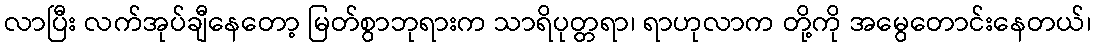
လာပြီး လက်အုပ်ချီနေတော့ မြတ်စွာဘုရားက သာရိပုတ္တရာ၊ ရာဟုလာက တို့ကို အမွေတောင်းနေတယ်၊